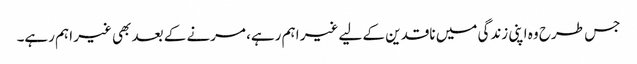
جس طرح وہ اپنی زندگی میں ناقدین کے لیے غیر اہم رہے، مرنے کے بعد بھی غیر اہم رہے۔